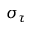
\sigma _ { \tau }